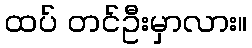
ထပ် တင်ဦးမှာလား။